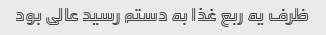
ظرف یه ربع غذا به دستم رسید عالی بود